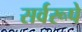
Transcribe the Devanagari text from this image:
सर्वरूपे